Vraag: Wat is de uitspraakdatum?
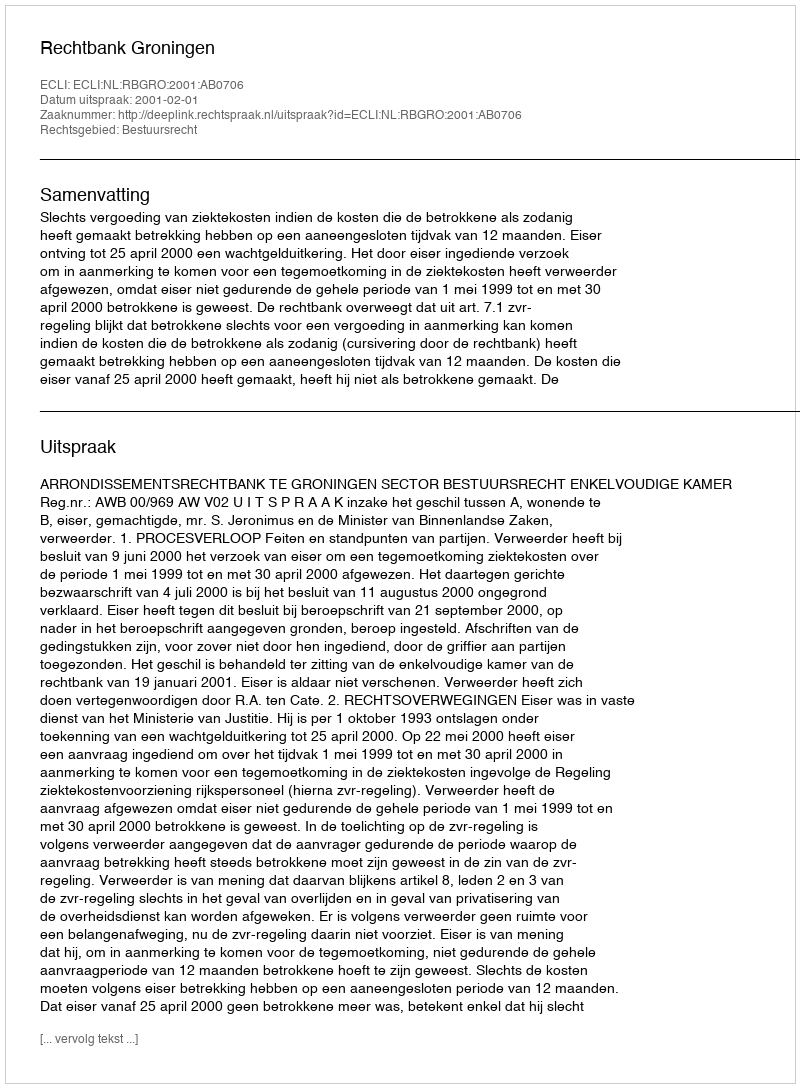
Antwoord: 2001-02-01